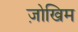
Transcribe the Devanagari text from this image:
ज़ोखिम